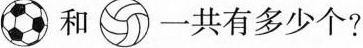
和 一共有多少个?